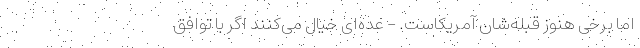
اما برخی هنوز قبله‌شان آمریکاست. - عده‌ای خیال می‌کنند اگر با توافق